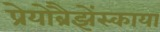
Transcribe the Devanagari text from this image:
प्रेयोब्रैझेंस्काया